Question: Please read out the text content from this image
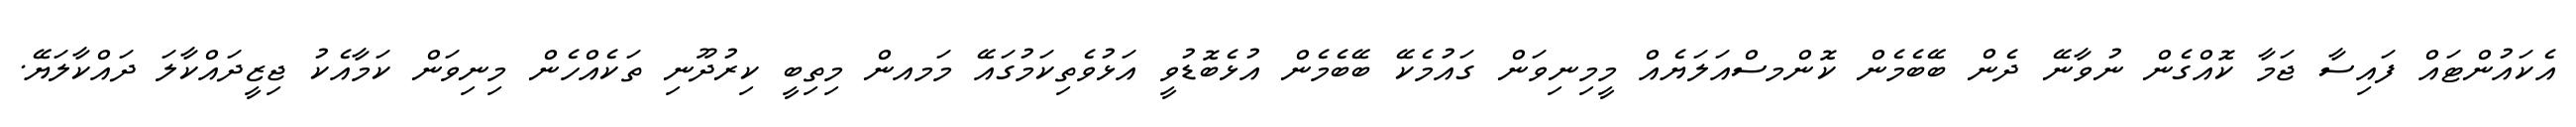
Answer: އެކައުންޓައް ފައިސާ ޖަމާ ކޮއްގެން ނުވާނޭ ދެން ބޭބެމެން ކޮންމސްއަލަޔެއް މީމިނިވަން ގައުމެކޭ ބޭބެމެން އުޅެބޮޑުވީ އަޅުވެތިކަމުގައޭ މަމއން މިތިބީ ކިރުދޫނި ތަކެއްހެން މިނިވަން ކަމާއެކު ޖިޒީދައްކާލަ ދައްކާލަޔޭ.